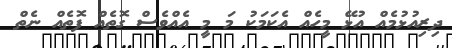
ދިރިއުޅުމެއް އުޅޭ މީހެއް އެކަމަކު މަ މީ އެއްވެސް ގޮތެއް ފޮތެއް ނެތް